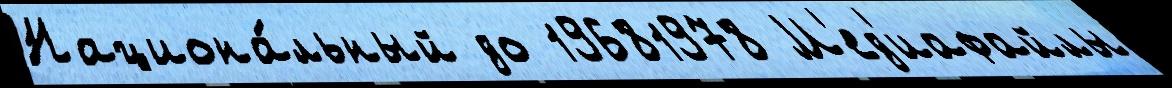
Национа́льный до 19681978 М'ед'иафайлы